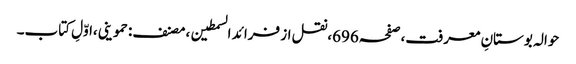
حوالہ بوستانِ معرفت،صفحہ696،نقل از فرائد السمطین،مصنف:حموینی،اوّلِ کتاب۔